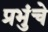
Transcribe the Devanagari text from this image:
प्रभुंचे